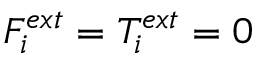
F _ { i } ^ { e x t } = T _ { i } ^ { e x t } = 0